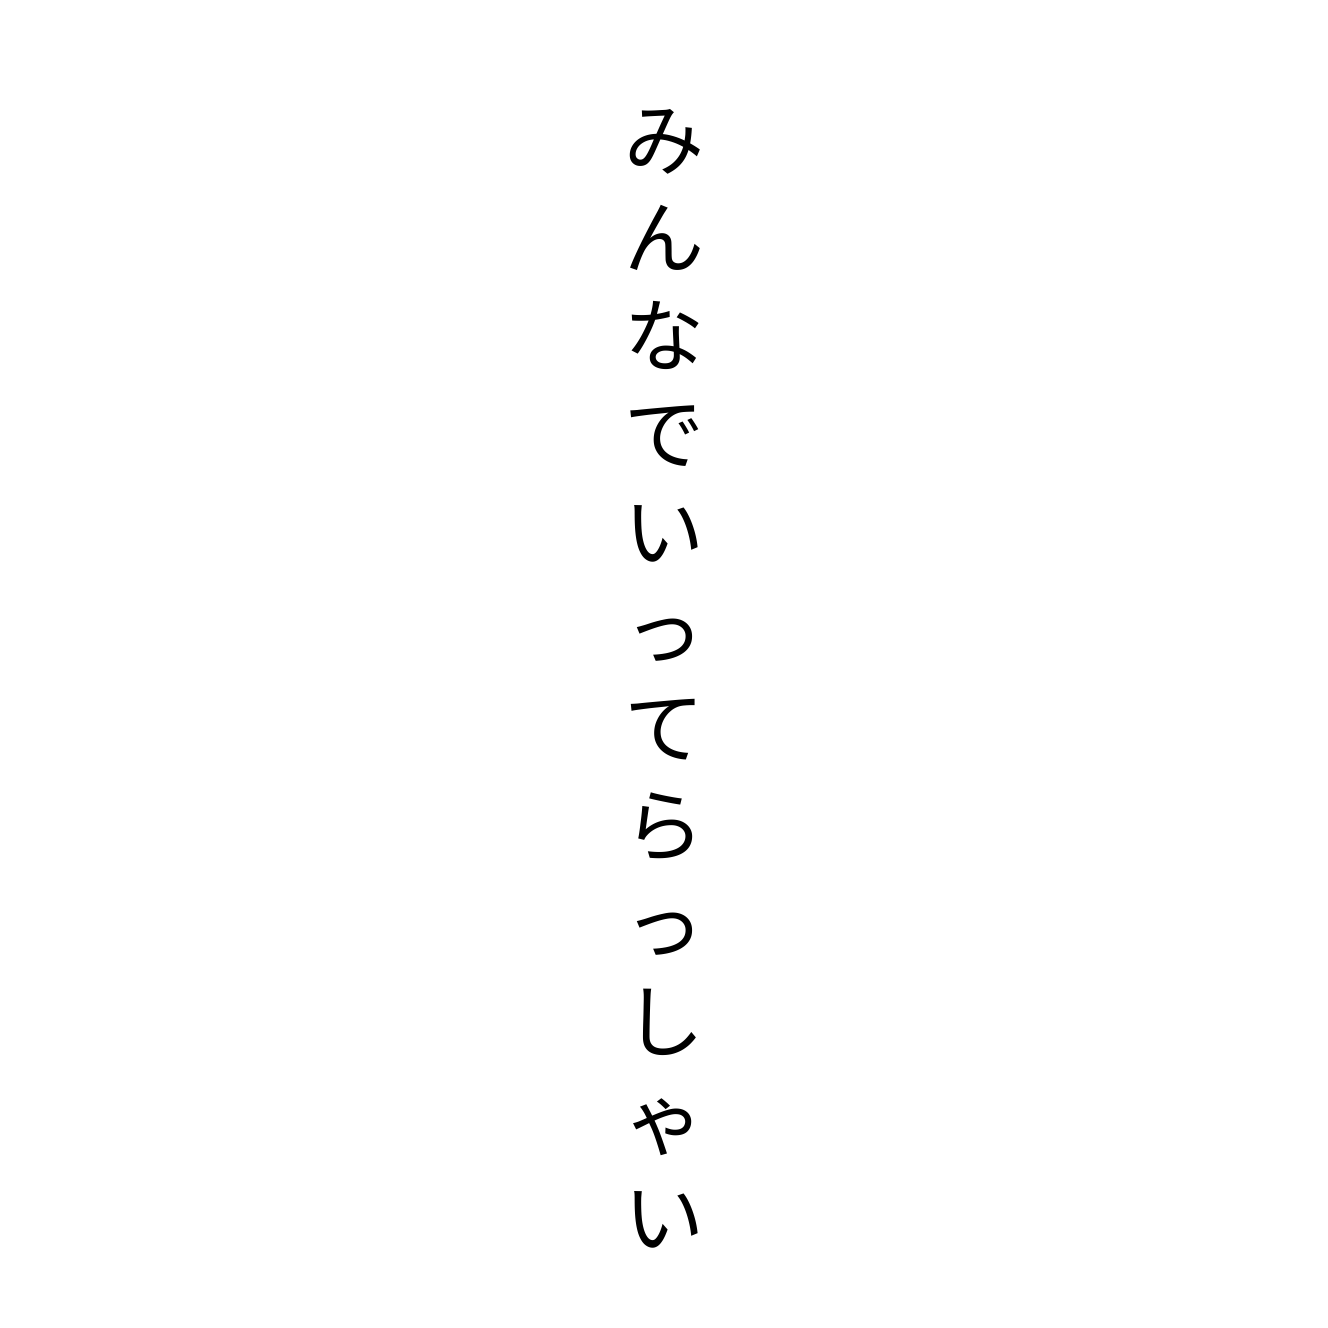
みんなでいってらっしゃい